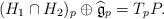
LaTeX: \begin{align*} (H_1\cap H_2)_p\oplus \widehat{\mathfrak{g}}_p=T_p P.\end{align*}